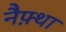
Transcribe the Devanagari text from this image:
नैफ़्था